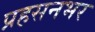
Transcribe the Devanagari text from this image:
प्रहसनभर